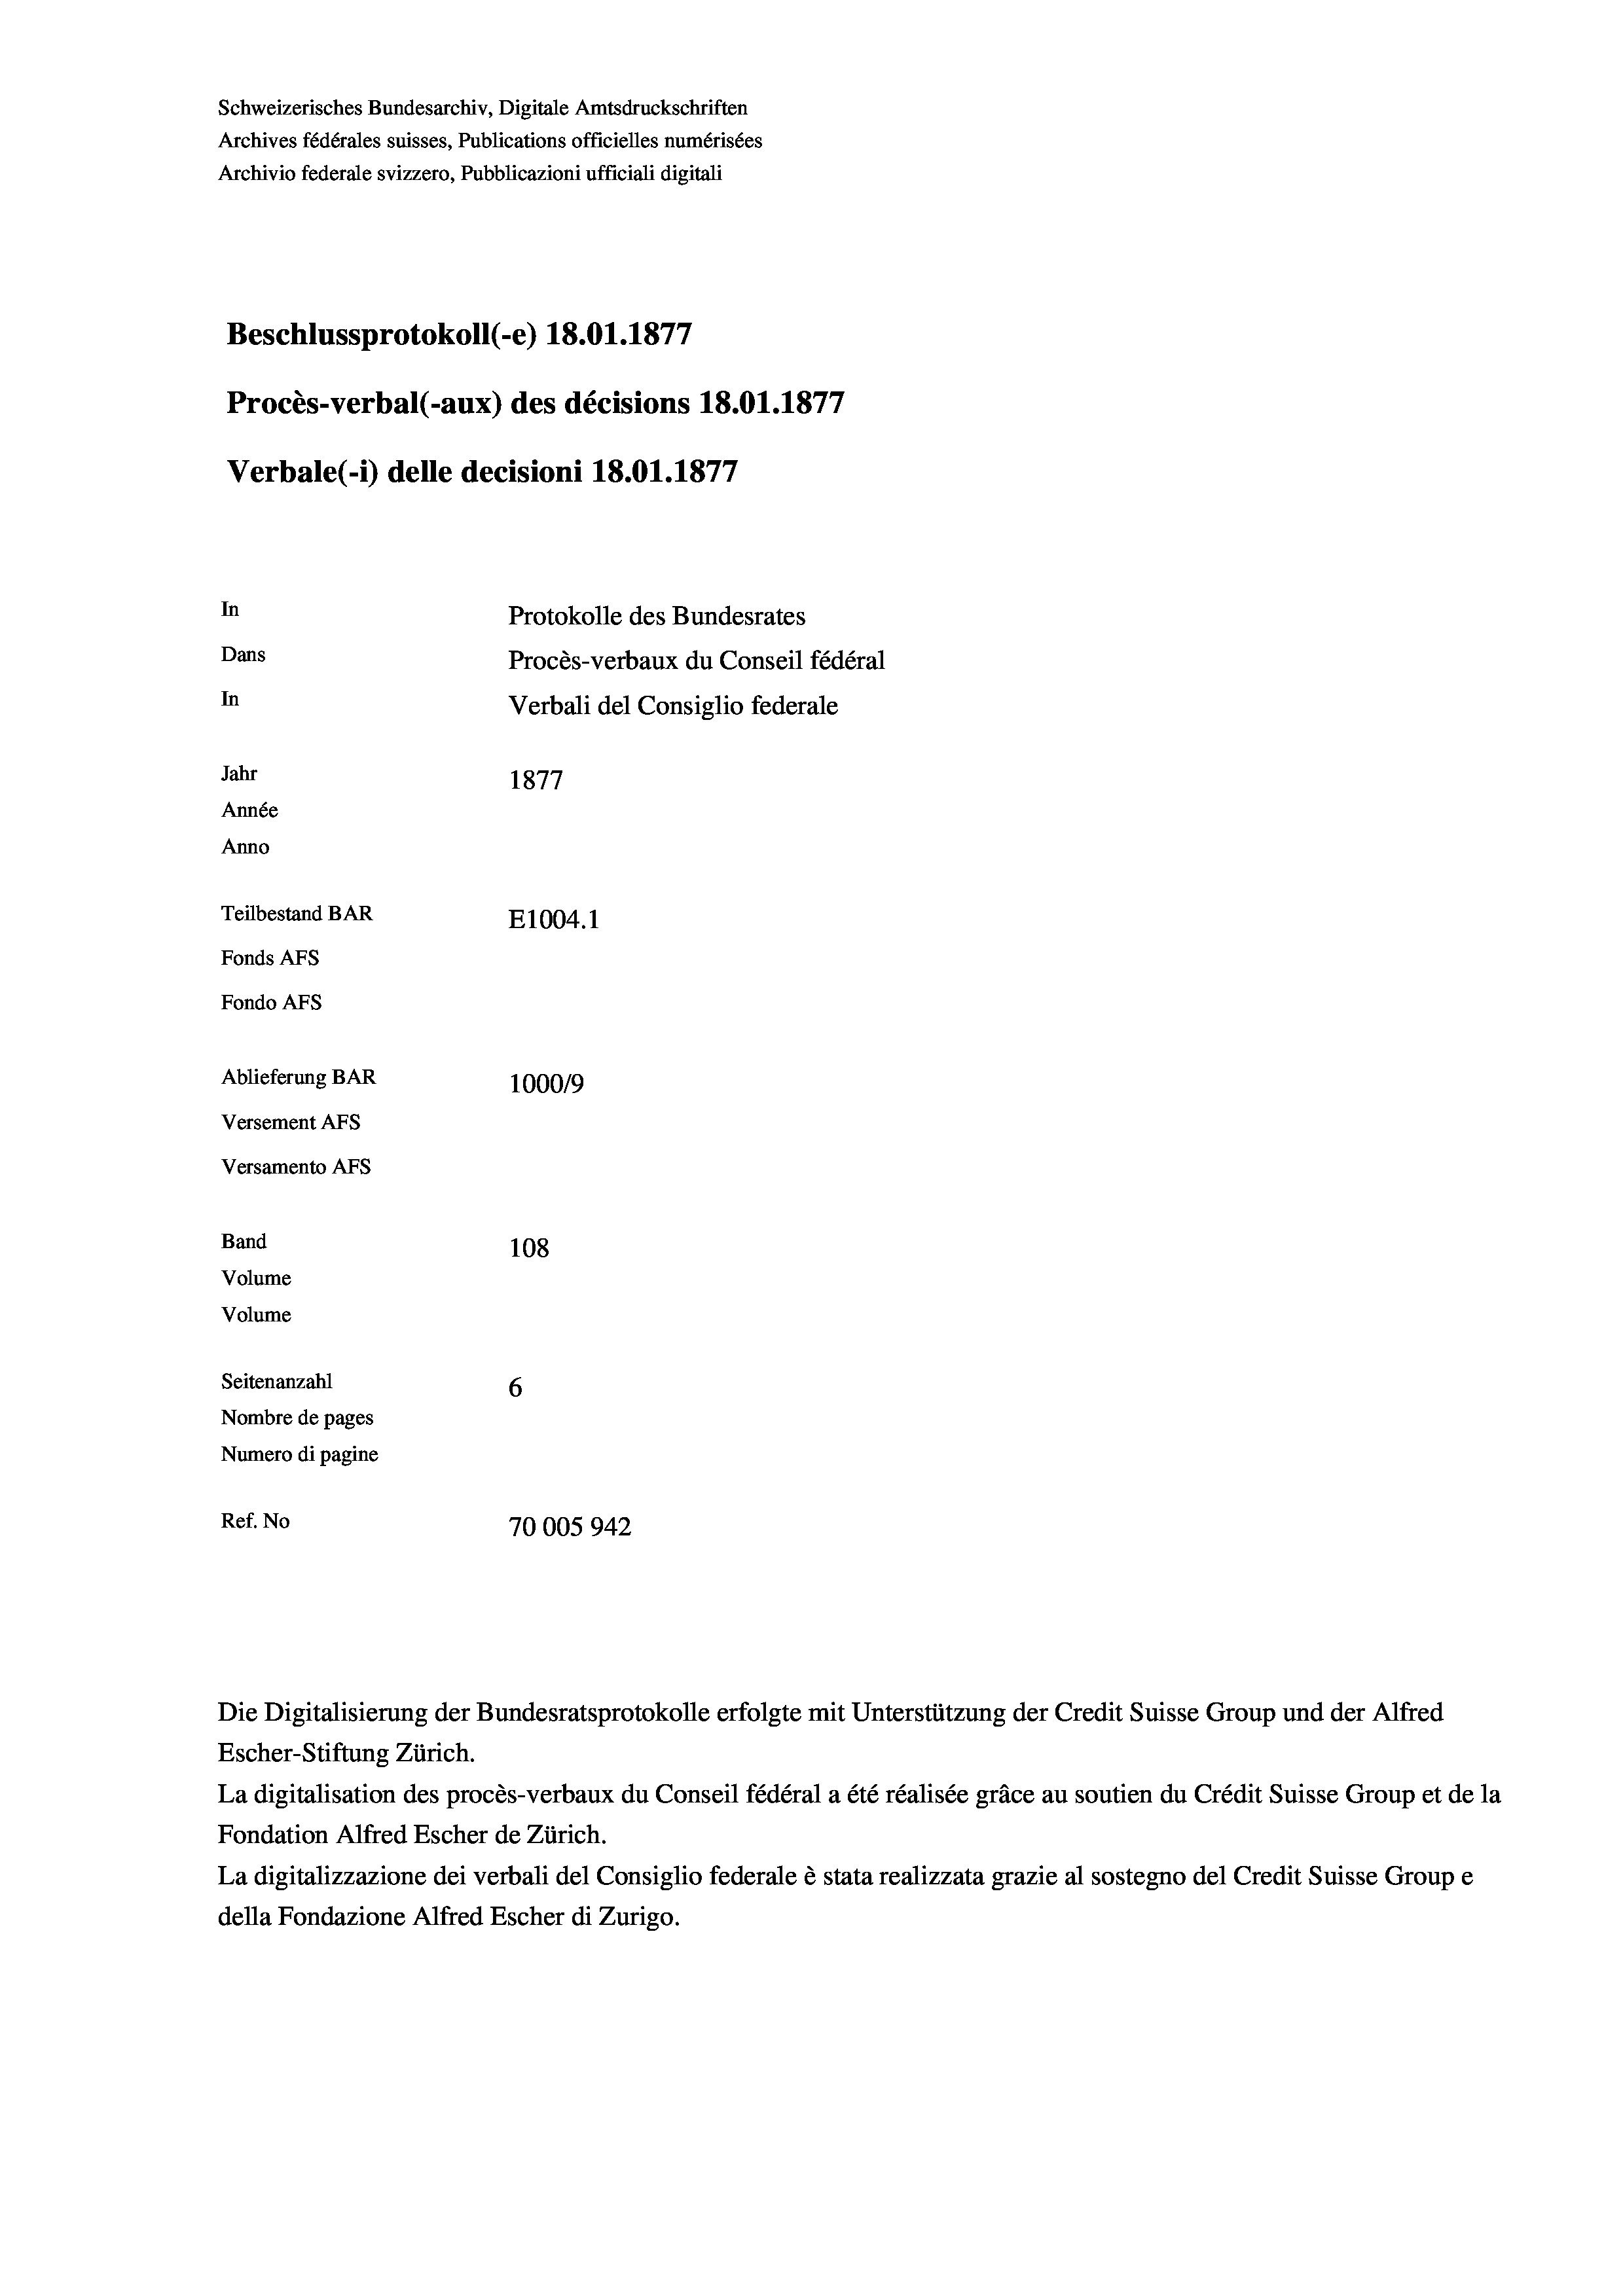
Procès-verbal (-aux) des décisions 18.01.1877
Verbale (1) delle decisioni 18.01. 1877

In

Ablieferung BAR
Versement AFS
Versamento AFS
Band
Volume
Volume
Seitenanzahl
Nombre de pages
Numero di pagine

Schweizerisches Bundesarchiv, Digitale Amtsdruckschriften
Archives fédérales suisses, Publications officielles numérisées
Archivio federale svizzero, Pubblicazioni ufficiali digitali

Beschlussprotokoll (-e) 18.01. 1877

Dans
In
Jahr
Année
Anno
Teilbestand BAR
E1004.1
Fonds AFs
Fondo AFs

100019
108
6
Ref. No
70005942

Protokolle des Bundesrates
Procès-verbaux du Conseil fédéral
Verbali del Consiglio federale

1877

Die Digitalisierung der Bundesratsprotokolle erfolgte mit Unterstützung der Credit Suisse Group und der Alfred
Escher-Stiftung Zürich.
La digitalisation des procès-verbaux du Conseil fédéral a été réalisée gräce au soutien du Crédit Suisse Group et de la
Fondation Alfred Escher de Zürich.
La digitalizzazione dei verbali del Consiglio federale è stata realizzata grazie al sostegno del Credit Suisse Groupe
della Fondazione Alfred Escher di Zurigo.